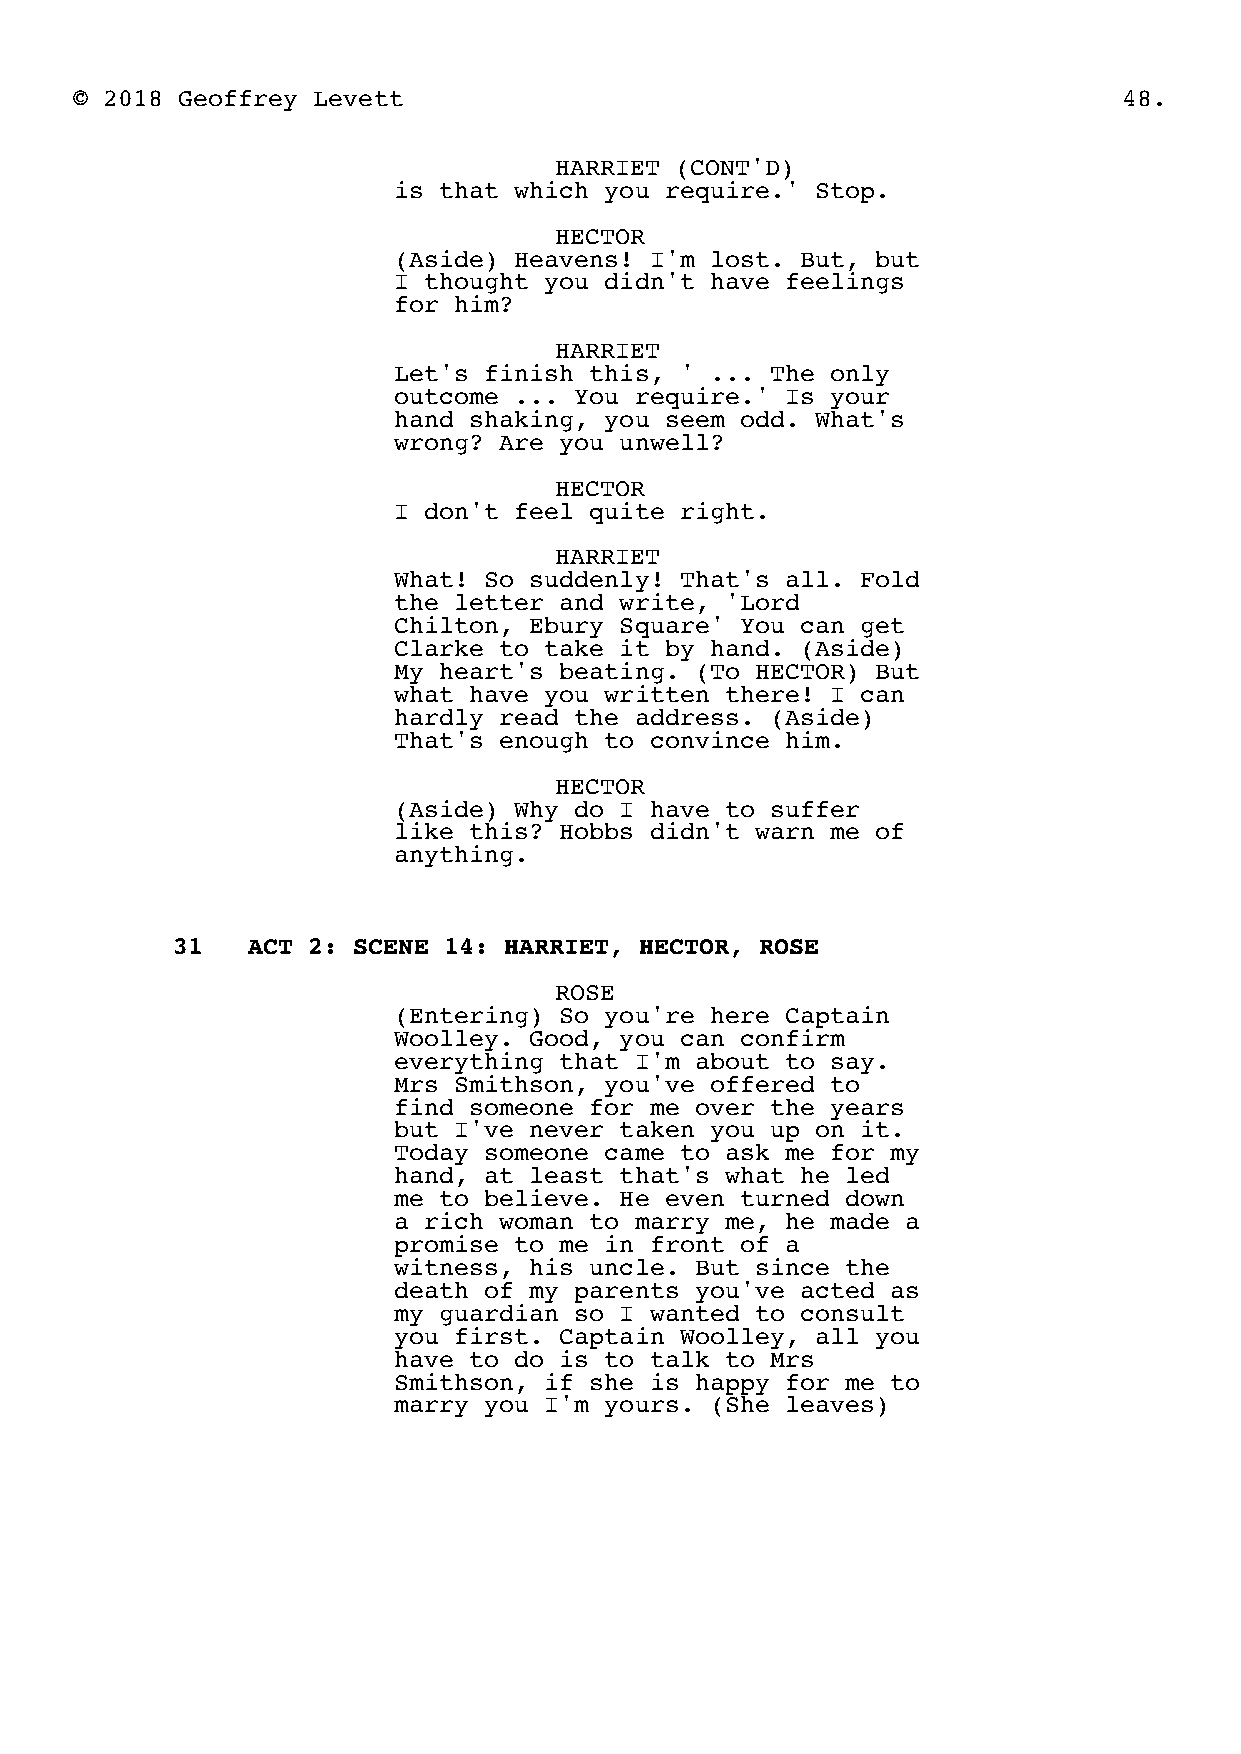
© 2018 Geoffrey Levett                                               48.
 HARRIET (CONT'D)
 is that which you require.' Stop.
 HECTOR
 (Aside) Heavens! I'm lost. But, but
 I thought you didn't have feelings
 for him?
 HARRIET
 Let's finish this, ' ... The only
 outcome ... You require.' Is your
 hand shaking, you seem odd. What's
 wrong? Are you unwell?
 HECTOR
 I don't feel quite right.
 HARRIET
 What! So suddenly! That's all. Fold
 the letter and write, 'Lord
 Chilton, Ebury Square' You can get
 Clarke to take it by hand. (Aside)
 My heart's beating. (To HECTOR) But
 what have you written there! I can
 hardly read the address. (Aside)
 That's enough to convince him.
 HECTOR
 (Aside) Why do I have to suffer
 like this? Hobbs didn't warn me of
 anything.
 31   ACT 2: SCENE 14: HARRIET, HECTOR, ROSE
 ROSE
 (Entering) So you're here Captain
 Woolley. Good, you can confirm
 everything that I'm about to say.
 Mrs Smithson, you've offered to
 find someone for me over the years
 but I've never taken you up on it.
 Today someone came to ask me for my
 hand, at least that's what he led
 me to believe. He even turned down
 a rich woman to marry me, he made a
 promise to me in front of a
 witness, his uncle. But since the
 death of my parents you've acted as
 my guardian so I wanted to consult
 you first. Captain Woolley, all you
 have to do is to talk to Mrs
 Smithson, if she is happy for me to
 marry you I'm yours. (She leaves)